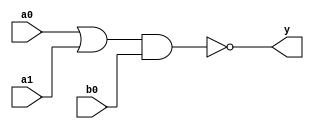
module tri_oai21(
   y,
   a0,
   a1,
   b0
);
   parameter                      WIDTH = 1;
   parameter                      BTR = "OAI21_X2M_NONE";  //Specify full BTR name, else let tool select
   output [0:WIDTH-1]  y;
   input [0:WIDTH-1]   a0;
   input [0:WIDTH-1]   a1;
   input [0:WIDTH-1]   b0;

   // tri_oai21
   genvar 	       i;
   wire [0:WIDTH-1]    outA;

   generate
	   for (i = 0; i < WIDTH; i = i + 1) begin : w

	      or   I0(outA[i], a0[i], a1[i]);
	      nand I2(y[i], outA[i], b0[i]);

	   end

   endgenerate
endmodule